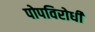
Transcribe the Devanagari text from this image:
पोपविरोधी